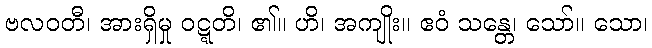
ဗလဝတီ၊ အားရှိမှု ဝဋ္ဋတိ၊ ၏။ ဟိ၊ အကျိုး။ ဧဝံ သန္တေ၊ သော်။ သော၊